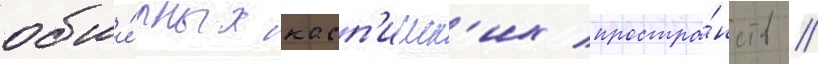
обши́рных касп'ииск'их простра́нств //